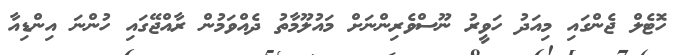
ހޮޓެލް ޖެންގައި މިއަދު ހަވީރު ނޫސްވެރިންނަށް މައުލޫމާތު ދެއްވަމުން ރާއްޖޭގައި ހުންނަ އިންޑިއާ